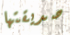
صديقتها